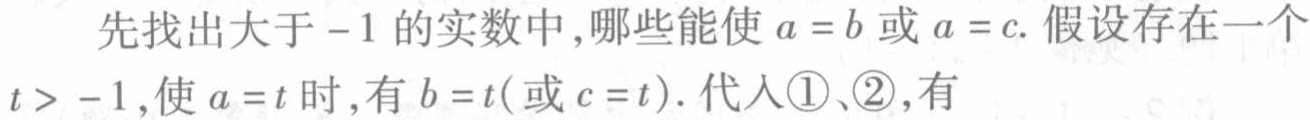
先找出大于\(-1\)的实数中,哪些能使\(a = b\)或\(a = c\). 假设存在一个\(t > -1\),使\(a = t\)时,有\(b = t\)(或\(c = t\)). 代入\textcircled{1}、\textcircled{2},有